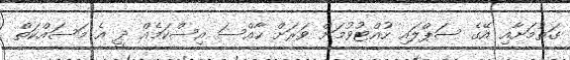
ގަތުމަށާއި އޭގެ ސަޕްލައި ހުއްޓުވުމަށް ވަރަށް ހާއްސަ އިސްކަމެއް ދީ އެ މަސައްކަތް